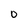
Character: O